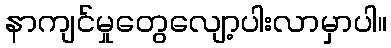
နာကျင်မှုတွေလျော့ပါးလာမှာပါ။